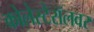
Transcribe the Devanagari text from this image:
कोलेस्टेरॉलवर